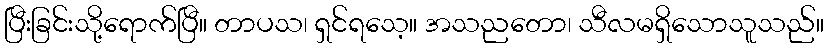
ပြီးခြင်းသို့ရောက်ပြီ။ တာပသ၊ ရှင်ရသေ့။ အသညတော၊ သီလမရှိသောသူသည်။